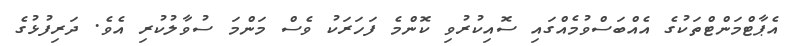
އެޕާޓްމަންޓްތަކުގެ އެއްބަސްވުމެއްގައި ސޮއިކުރުވި ކޮންމެ ފަހަރަކު ވެސް މަންމަ ސުވާލުކުރި އެވެ. ދަރިފުޅުގެ